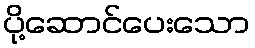
ပို့ဆောင်ပေးသော